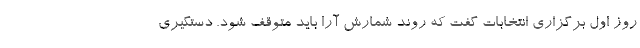
روز اول برگزاری انتخابات گفت که روند شمارش آرا باید متوقف شود. دستگیری